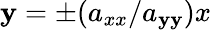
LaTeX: \mathbf{y}=\pm(a_{xx}/a_{\mathbf{y}\mathbf{y}})x